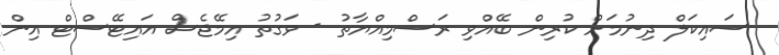
ސައިކަލް ދިނުމަށް ކުރިން ބޭއްވި ރަސްމިއްޔާތު - ވަގުތު އިމޭޖެސް އައިޓޭސްޓް އިން